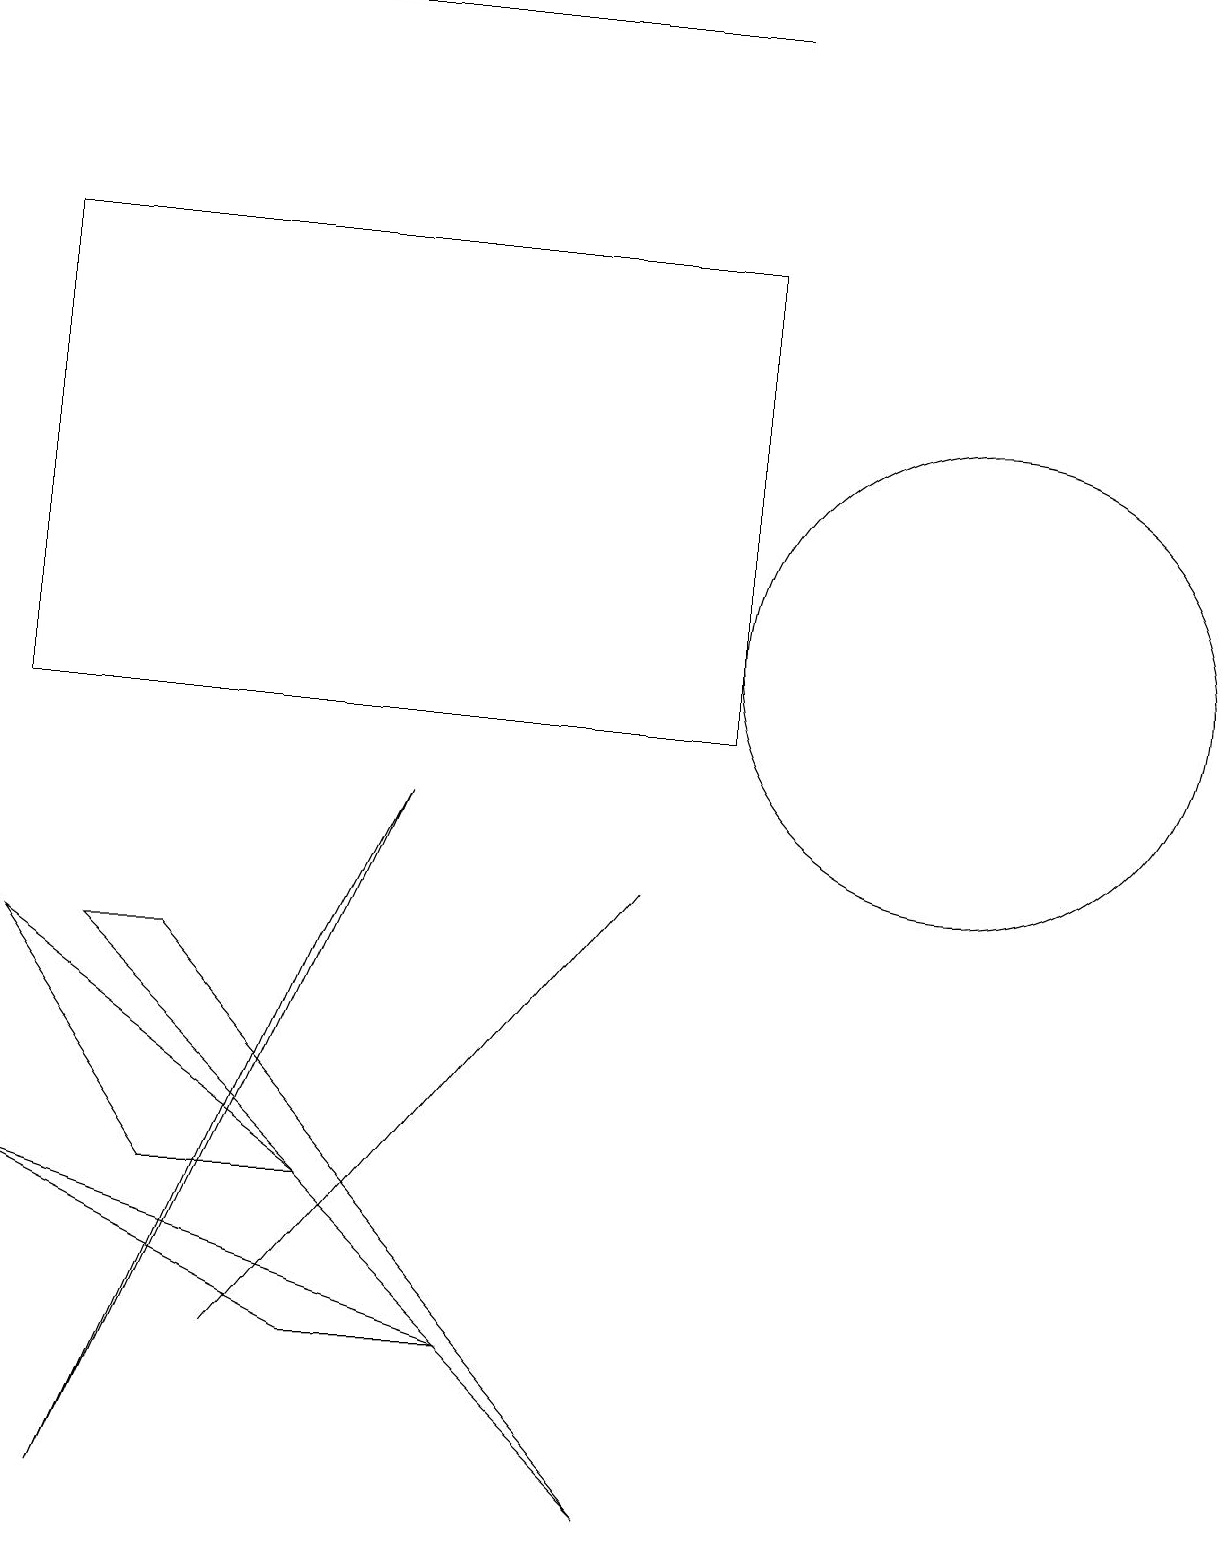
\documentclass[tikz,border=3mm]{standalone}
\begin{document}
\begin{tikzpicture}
\draw (4,7) -- (1,0) -- (5,9) -- cycle;
\draw (12,11) circle (3);
\draw (2,4) -- (4,4) -- (0,7) -- cycle;
\draw (9,19) rectangle (2,19);
\draw (9,10) rectangle (0,16);
\draw (3,2) -- (8,8) -- (3,2) -- cycle;
\draw (0,4) -- (6,2) -- (4,2) -- cycle;
\draw (8,0) -- (2,7) -- (1,7) -- cycle;
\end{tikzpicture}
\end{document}